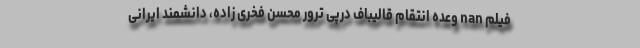
فیلم nan وعده انتقام قالیباف درپی ترور محسن فخری زاده، دانشمند ایرانی